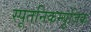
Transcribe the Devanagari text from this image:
स्पूतनिकम्यूज़िक